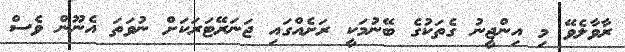
ރާވާލެވޭ މި އިންޖީނު ގެތަކުގެ ބޭނުމަކީ ރަށެއްގައި ޖަނަރޭޓަރަކަށް ނުވަތަ އެނޫން ވެސް